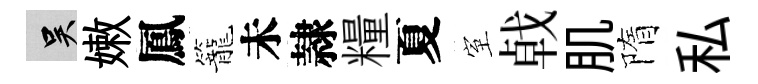
吴嫩鳳籠未隷糧夏室㦸肌隋私